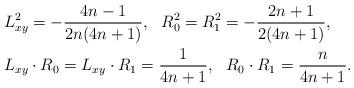
LaTeX: \begin{align*}&L_{xy}^2=-\frac{4n-1}{2n(4n+1)},\ \ R_0^2=R_1^2=-\frac{2n+1}{2(4n+1)},\\ &L_{xy}\cdot R_{0}=L_{xy}\cdot R_{1}=\frac{1}{4n+1},\ \ R_0\cdot R_{1}=\frac{n}{4n+1}.\\ \end{align*}